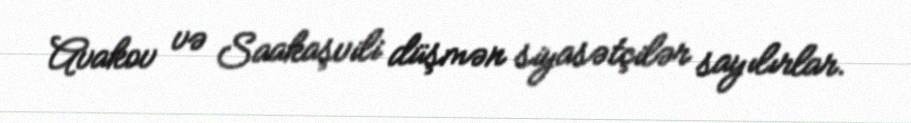
Avakov və Saakaşvili düşmən siyasətçilər sayılırlar.